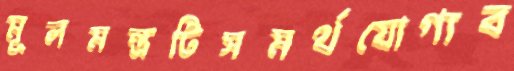
মূলমন্ত্রটিসমর্থযোগ্যব